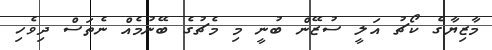
މާޒިޔާގެ ކޯޗު އަލީ ސުޒޭން ބުނީ މި މެޗުގެ ބޭނުމެއް ނެތަސް ދިވެހި